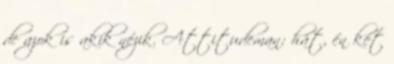
de azok is akik nézik. Attitudeman: hát, én két